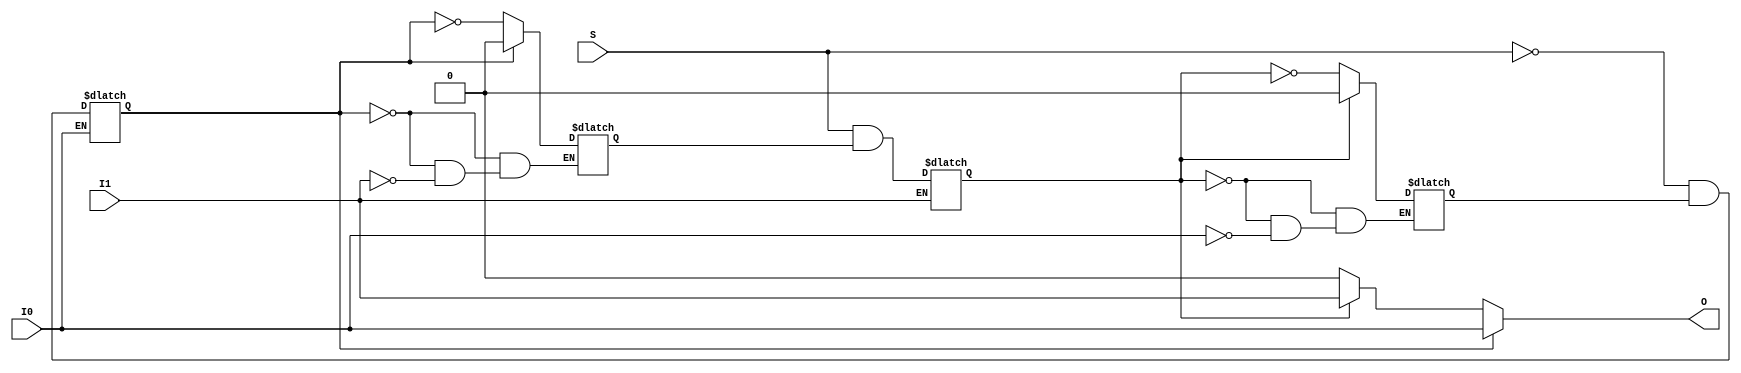
// $Header: /devl/xcs/repo/env/Databases/CAEInterfaces/verunilibs/data/unisims/BUFGMUX.v,v 1.16 2009/08/21 23:55:43 harikr Exp $
///////////////////////////////////////////////////////////////////////////////
// Copyright (c) 1995/2004 Xilinx, Inc.
// All Right Reserved.
///////////////////////////////////////////////////////////////////////////////
//   ____  ____
//  /   /\/   /
// /___/  \  /    Vendor : Xilinx
// \   \   \/     Version : 10.1
//  \   \         Description : Xilinx Functional Simulation Library Component
//  /   /                  Global Clock Mux Buffer with Output State 0
// /___/   /\     Filename : BUFGMUX.v
// \   \  /  \    Timestamp : Thu Mar 25 16:42:14 PST 2004
//  \___\/\___\
//
// Revision:
//    03/23/04 - Initial version.
//    05/23/07 - Changed timescale to 1 ps / 1 ps.
//    01/11/08 - Add CLK_SEL_TYPE attribute.
// End Revision

`timescale  1 ps / 1 ps

module BUFGMUX (O, I0, I1, S);

    parameter CLK_SEL_TYPE = "SYNC";
    output O;
    input  I0, I1, S;

    reg q0, q1;
 /* verilator lint_off UNOPTFLAT */
   reg q0_enable, q1_enable;
 /* verilator lint_on UNOPTFLAT */
    wire q0_t, q1_t;
    reg clk_sel_in;

   wire GSR = 0;//tri0 GSR = glbl.GSR;

//    bufif1 B0 (O, I0, q0_t);
//    bufif1 B1 (O, I1, q1_t);
//    pulldown P1 (O);
   assign O = (q0_t) ? I0 : (q1_t) ? I1 : 0;

   /* verilator lint_off WIDTH */
    initial
       clk_sel_in = (CLK_SEL_TYPE == "ASYNC") ? 1 : 0;
   /* verilator lint_on WIDTH */

       assign q0_t = (clk_sel_in) ? ~S : q0;
       assign q1_t = (clk_sel_in) ? S : q1;

	always @(GSR or I0 or S or q0_enable)
 	    if (GSR)
		q0 = 1;
 	    else if (!I0)
		q0 = !S && q0_enable;

	always @(GSR or I1 or S or q1_enable)
 	    if (GSR)
		q1 = 0;
 	    else if (!I1)
		q1 = S && q1_enable;

	always @(GSR or q1 or I0)
 	    if (GSR)
		q0_enable = 1;
	    else if (q1)
		q0_enable = 0;
	    else if (I0)
		q0_enable = !q1;

	always @(GSR or q0 or I1)
 	    if (GSR)
		q1_enable = 0;
	    else if (q0)
		q1_enable = 0;
	    else if (I1)
		q1_enable = !q0;

endmodule